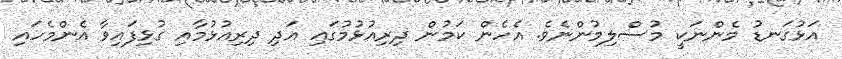
އަޅުގަނޑު މެންނަކީ މުސްލިމުންނެވެ. އެހެން ކަމުން ދިރިއުޅުމުގައި އަދި ދިރިއުޅުމާއި ގުޅިފައިވާ އެންމެހައި